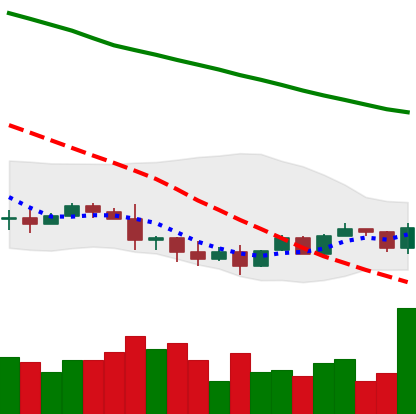
Ticker: NEO-USD
Chart end date: 2022-01-18
Forward return: -26.992%
Label: down_7plus